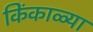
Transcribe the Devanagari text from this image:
किंकाळ्या